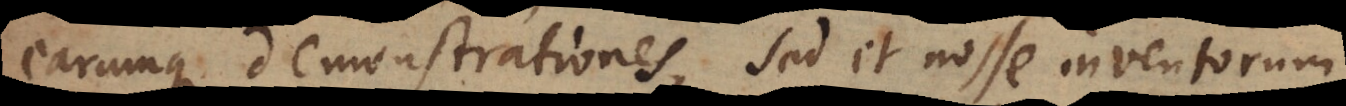
earumque demonstrationes, sed et nosse inventorum